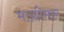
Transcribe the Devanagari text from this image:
माछीमार